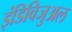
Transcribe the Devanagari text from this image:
इंडिविजुअल